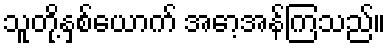
သူတို့နှစ်ယောက် အော့အန်ကြသည်။